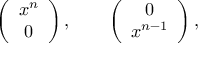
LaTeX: \left( \begin{array} { c } { { x ^ { n } } } \\ { { 0 } } \end{array} \right) , \quad \quad \left( \begin{array} { c } { { 0 } } \\ { { x ^ { n - 1 } } } \end{array} \right) ,